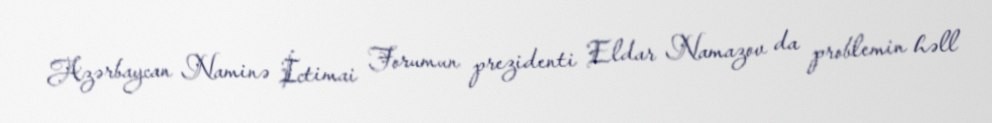
Azərbaycan Naminə İctimai Forumun prezidenti Eldar Namazov da problemin həll